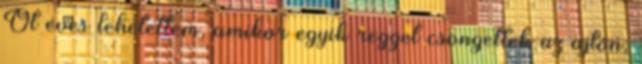
Öt éves lehetettem, amikor egyik reggel csöngettek az ajtón,